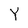
Character: Y